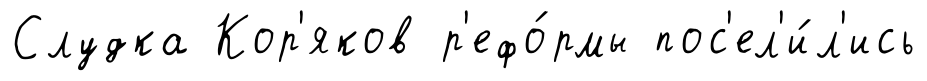
Слудка Кор'яков р'ефо́рмы пос'ел'и́л'ись